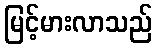
မြင့်မားလာသည်